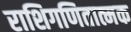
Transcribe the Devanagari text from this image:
राशिगणितात्मक